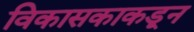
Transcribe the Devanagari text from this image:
विकासकाकडून